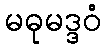
မဓုမဒ္ဒဝံ